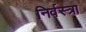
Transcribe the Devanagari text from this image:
निर्वस्त्रा